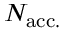
N _ { \mathrm { a c c . } }